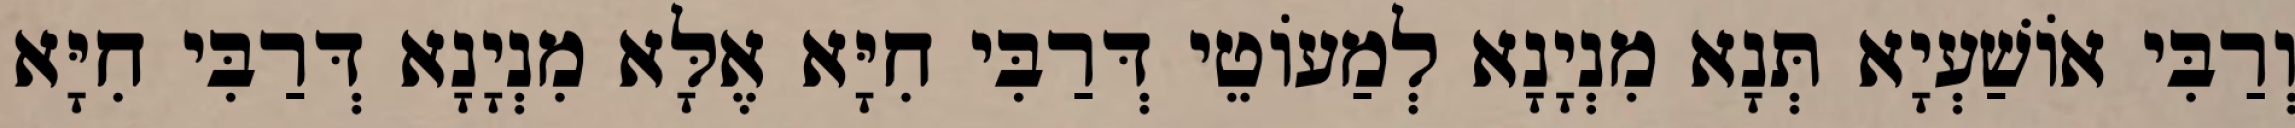
וְרַבִּי אוֹשַׁעְיָא תְּנָא מִנְיָנָא לְמַעוֹטֵי דְּרַבִּי חִיָּא אֶלָּא מִנְיָנָא דְּרַבִּי חִיָּא